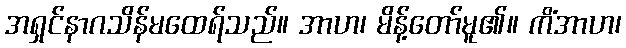
အရှင်နာဂသိန်မထေရ်သည်။ အာဟ၊ မိန့်တော်မူ၏။ ကိံအာဟ၊